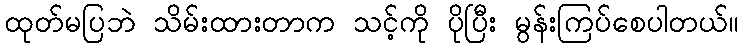
ထုတ်မပြဘဲ သိမ်းထားတာက သင့်ကို ပိုပြီး မွန်းကြပ်စေပါတယ်။